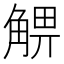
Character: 𧤃